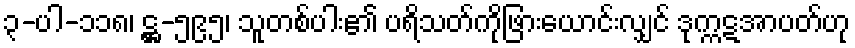
၃-ပါ-၁၁၈၊ ဋ္ဌ-၅၉၅၊ သူတစ်ပါး၏ ပရိသတ်ကိုဖြားယောင်းလျှင် ဒုက္ကဋအာပတ်ဟု